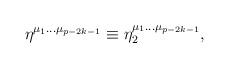
LaTeX: \begin{align*}\eta ^{\mu _1\ldots \mu _{p-2k-1}}\equiv \eta _2^{\mu _1\ldots\mu _{p-2k-1}},\end{align*}